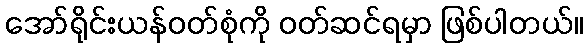
အော်ရိုင်းယန်ဝတ်စုံကို ဝတ်ဆင်ရမှာ ဖြစ်ပါတယ်။